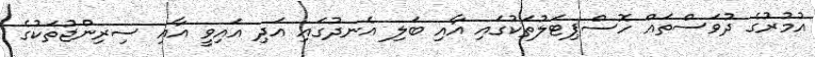
އުމުރުގެ ދުވަސްތައް ހޮސްޕިޓަލުތަކުގައި އާއި ބަލި އެނދުގައި އަދި އައިވީ އާއި ސިރިންޖުތަކުގެ